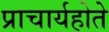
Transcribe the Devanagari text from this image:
प्राचार्यहोते